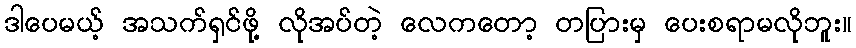
ဒါပေမယ့် အသက်ရှင်ဖို့ လိုအပ်တဲ့ လေကတော့ တပြားမှ ပေးစရာမလိုဘူး။